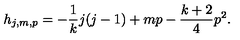
h _ { j , m , p } = - \frac { 1 } { k } j ( j - 1 ) + m p - \frac { k + 2 } { 4 } p ^ { 2 } .